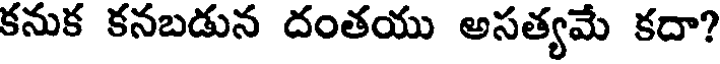
కనుక కనబడున దంతయు అసత్యమే కదా?